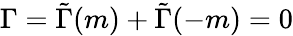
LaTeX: \Gamma=\tilde{\Gamma}(m)+\tilde{\Gamma}(-m)=0